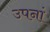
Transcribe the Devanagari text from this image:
उपनां